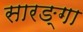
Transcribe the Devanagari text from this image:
सारङ्गा